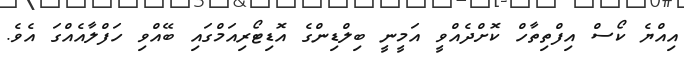
އިއްޔެ ކޯސް އިފްތިތާހް ކޮށްދެއްވީ އަމީނީ ބިލްޑިންގެ އޮޑިޓޯރިއަމްގައި ބޭއްވި ހަފްލާއެއްގަ އެވެ.